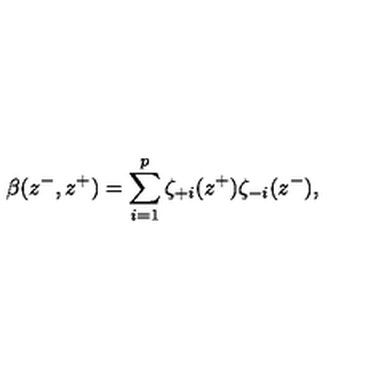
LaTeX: \beta ( z ^ { - } , z ^ { + } ) = \sum _ { i = 1 } ^ { p } \zeta _ { + i } ( z ^ { + } ) \zeta _ { - i } ( z ^ { - } ) ,